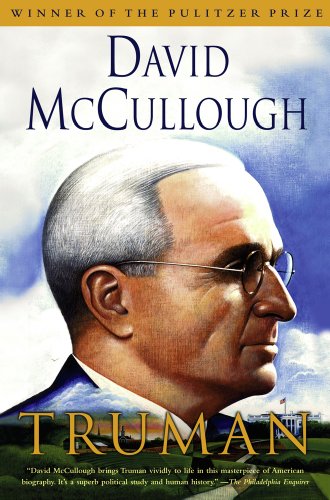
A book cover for Truman; David McCullough; Biographies & Memoirs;